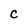
Character: C